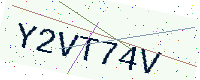
Text: Y2VT74V